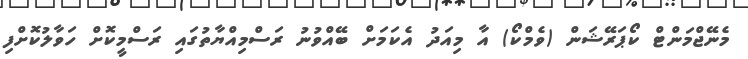
މެނޭޖްމަންޓް ކޯޕަރޭޝަން (ވެމްކޯ) އާ މިއަދު އެކަމަށް ބޭއްވުނު ރަސްމިއްޔާތުގައި ރަސްމީކޮށް ހަވާލުކޮށްފި